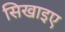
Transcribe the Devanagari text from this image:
सिखाइए